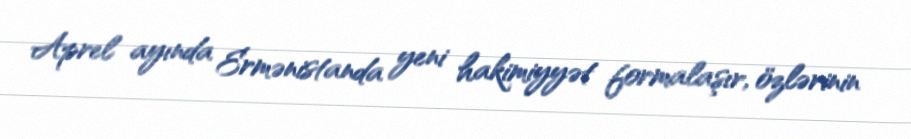
Aprel ayında Ermənistanda yeni hakimiyyət formalaşır, özlərinin